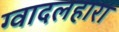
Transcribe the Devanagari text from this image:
ग्वादलहारा